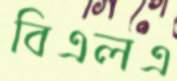
বিএলএ